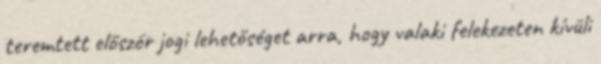
teremtett először jogi lehetőséget arra, hogy valaki felekezeten kívüli